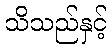
သိသည်နှင့်